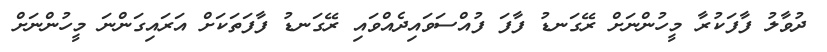
ދުވާލު ފާފަކުރާ މީހުންނަށް ރޭގަނޑު ފާފަ ފުއްސަވައިދެއްވައި ރޭގަނޑު ފާފަތަކަށް އަރައިގަންނަ މީހުންނަށް